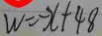
W = - x + 4 8